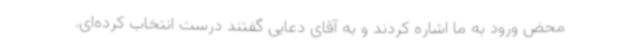
محض ورود به ما اشاره کردند و به آقای دعایی گفتند درست انتخاب کرده‌ای.